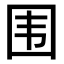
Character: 围